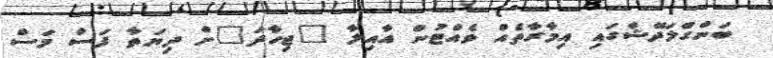
ބަންގްލަދޭޝްގައި އިމާރާތެއް ވެއްޓުން އާއިލާ "ޖިހާދަ"ށް ދިޔަތާ ފަސް މަސް